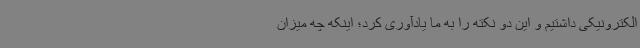
الکترونیکی داشتیم و این دو نکته را به ما یادآوری کرد؛ اینکه چه میزان